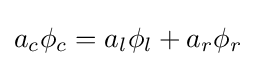
a_{c}\phi _{c}=a_{l}\phi _{l}+a_{r}\phi _{r}